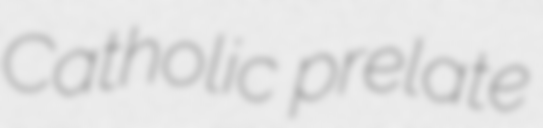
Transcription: Catholic prelate